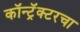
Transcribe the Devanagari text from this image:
कॉन्ट्रॅक्टरचा